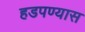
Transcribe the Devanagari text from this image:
हडपण्यास